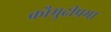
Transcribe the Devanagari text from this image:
कौमुदीप्रभा